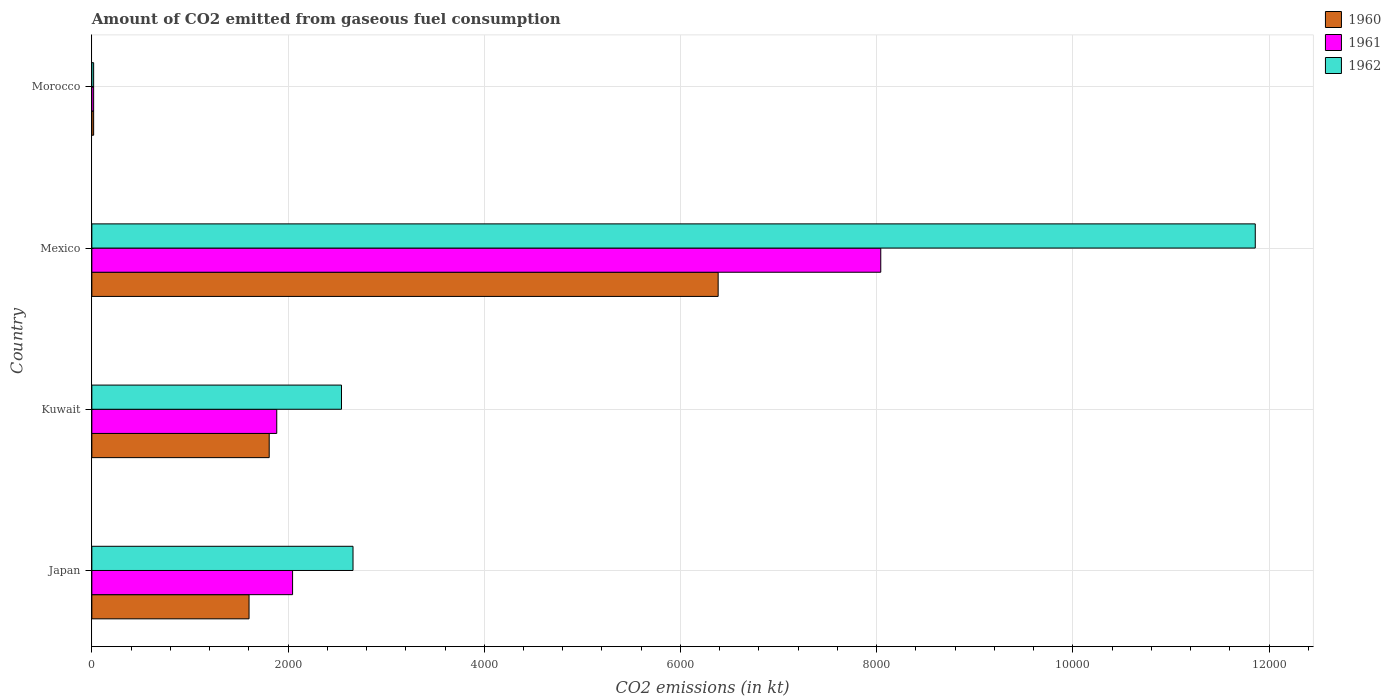
| Country | 1960 | 1961 | 1962 |
 | --- | --- | --- | --- |
 | Japan | 1.6e+03 | 2.05e+03 | 2.66e+03 |
 | Kuwait | 1.81e+03 | 1.88e+03 | 2.54e+03 |
 | Mexico | 6.38e+03 | 8.04e+03 | 1.19e+04 |
 | Morocco | 18.3 | 18.3 | 18.3 |